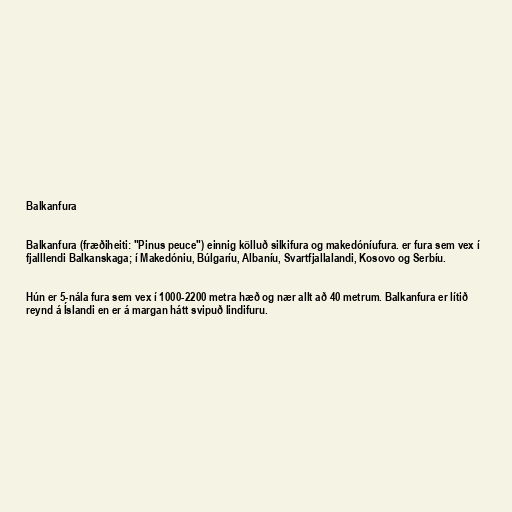
Balkanfura

Balkanfura (fræðiheiti: "Pinus peuce") einnig kölluð silkifura og makedóníufura. er fura sem vex í
fjalllendi Balkanskaga; í Makedóniu, Búlgaríu, Albaníu, Svartfjallalandi, Kosovo og Serbíu.

Hún er 5-nála fura sem vex í 1000-2200 metra hæð og nær allt að 40 metrum. Balkanfura er lítið
reynd á Íslandi en er á margan hátt svipuð lindifuru.